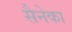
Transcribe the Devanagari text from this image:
सैनेका